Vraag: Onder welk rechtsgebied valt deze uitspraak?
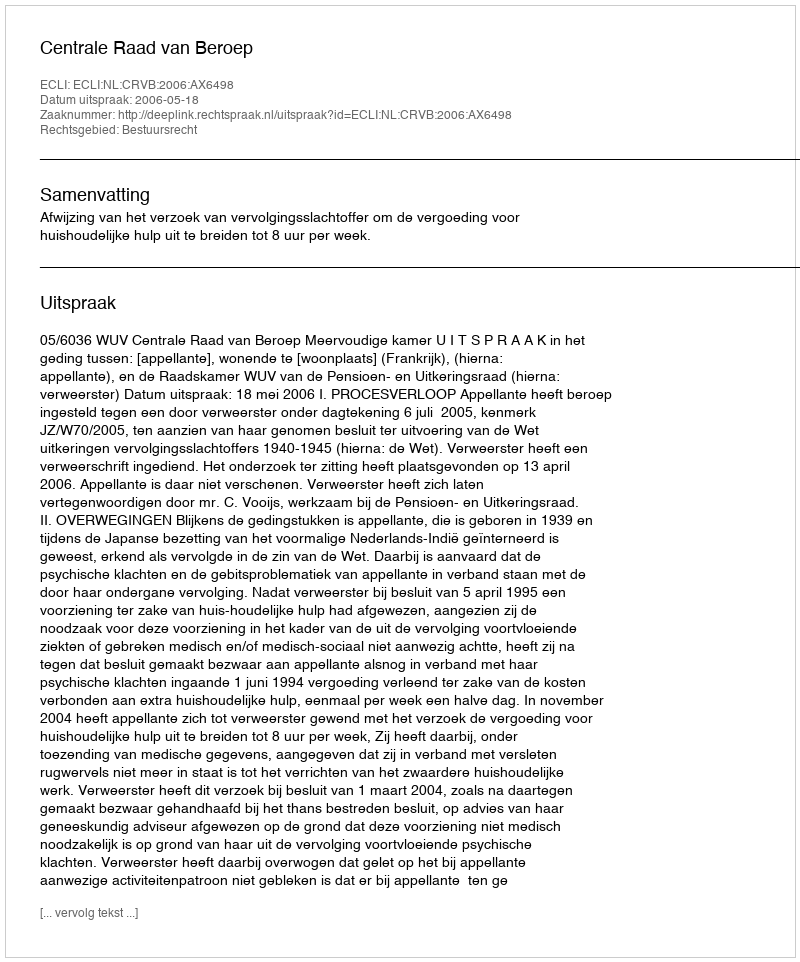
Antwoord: Bestuursrecht